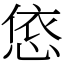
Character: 㥋